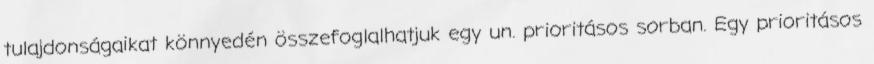
tulajdonságaikat könnyedén összefoglalhatjuk egy un. prioritásos sorban. Egy prioritásos